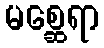
မစ္ဆေရာ